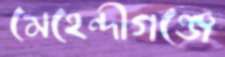
মেহেন্দীগঞ্জে